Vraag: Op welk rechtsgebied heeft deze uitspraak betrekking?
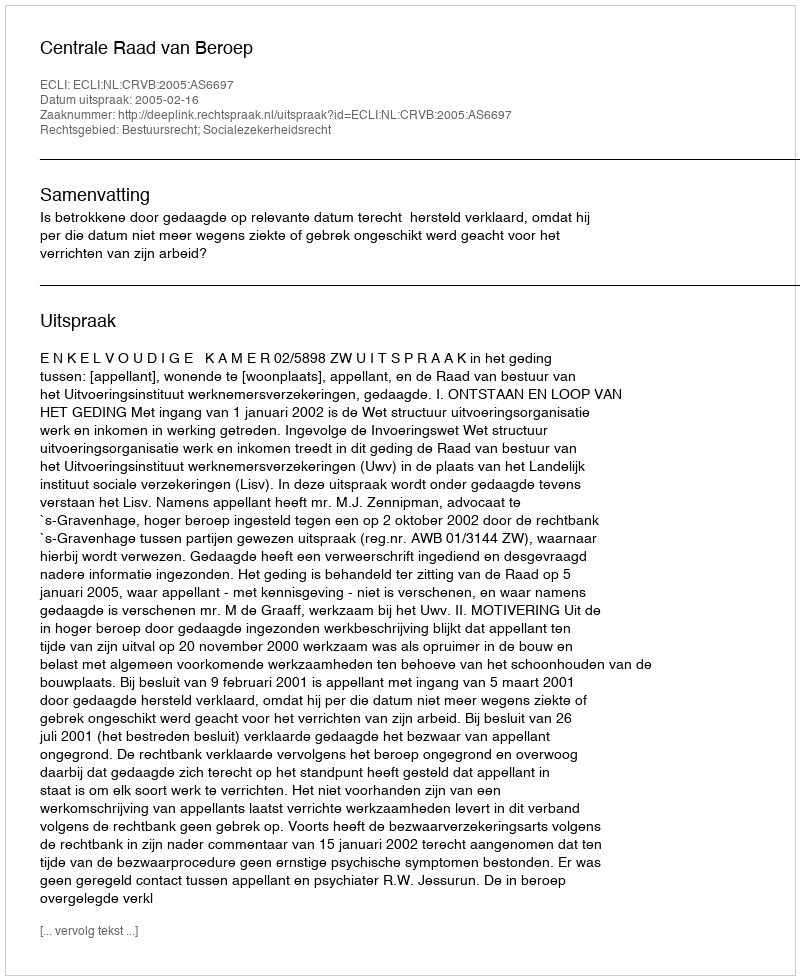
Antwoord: Bestuursrecht; Socialezekerheidsrecht